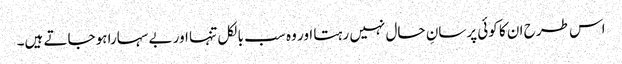
اس طرح ان کا کوئی پرسانِ حال نہیں رہتا اور وہ سب بالکل تنہا اور بے سہارا ہوجاتے ہیں۔